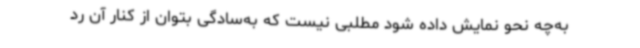
به‌چه نحو نمایش داده شود مطلبی نیست که به‌سادگی بتوان از کنار آن رد